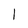
Character: 1